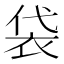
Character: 袋